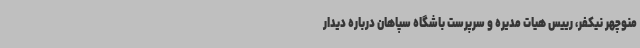
منوچهر نیکفر، رییس هیات مدیره و سرپرست باشگاه سپاهان درباره دیدار